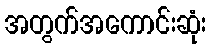
အတွက်အကောင်းဆုံး